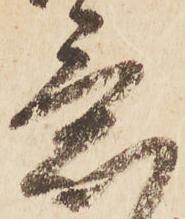
意